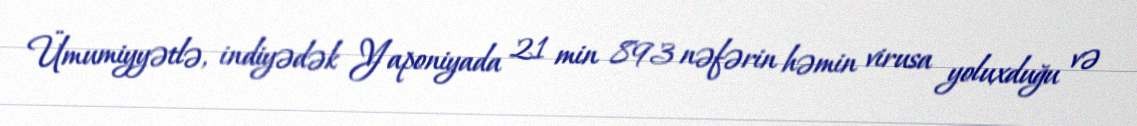
Ümumiyyətlə, indiyədək Yaponiyada 21 min 893 nəfərin həmin virusa yoluxduğu və